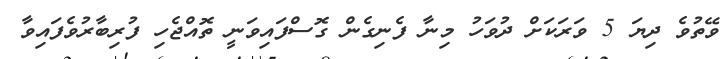
ވޭތުވެ ދިޔަ 5 ވަރަކަށް ދުވަހު މިނާ ފެނިގެން ގޮސްފައިވަނީ ތޮއްޖެހި ފުރިބާރުވެފައިވާ